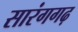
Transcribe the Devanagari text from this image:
सारंगगढ़